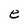
Character: e